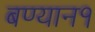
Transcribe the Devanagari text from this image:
बण्यान१